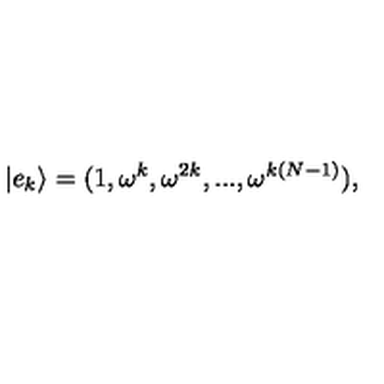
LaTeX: | e _ { k } \rangle = ( 1 , \omega ^ { k } , \omega ^ { 2 k } , . . . , \omega ^ { k ( N - 1 ) } ) ,